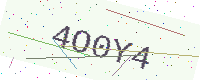
Text: 4O0Y4